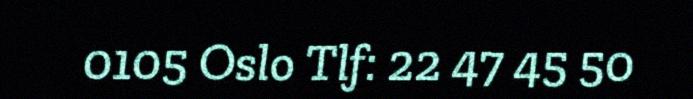
0105 Oslo Tlf: 22 47 45 50